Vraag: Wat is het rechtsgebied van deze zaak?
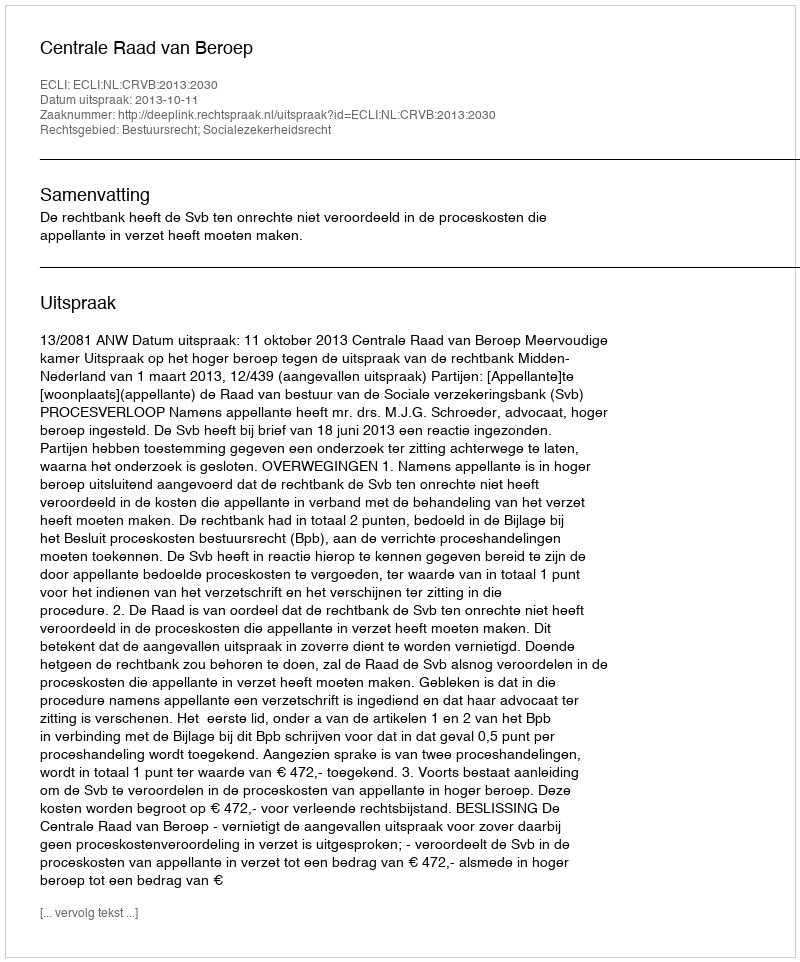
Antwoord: Bestuursrecht; Socialezekerheidsrecht